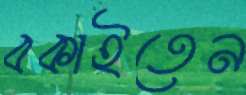
বকাইতেন